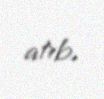
atıb.